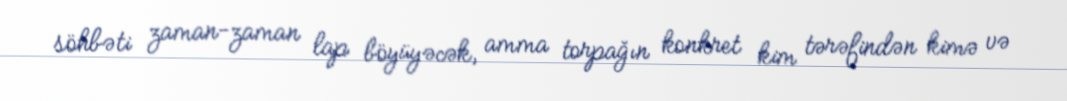
söhbəti zaman-zaman lap böyüyəcək, amma torpağın konkret kim tərəfindən kimə və